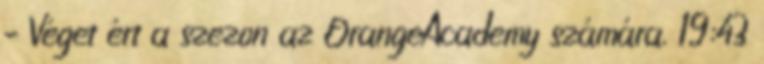
– Véget ért a szezon az OrangeAcademy számára. 19:43